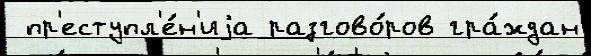
 пр'еступл'е́н'иjа разгово́ров гра́ждан